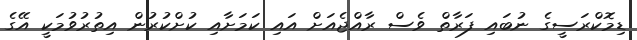
ޑިމޮކްރަސީގެ ނުބައި ފަރާތް ވެސް ރާއްޖެއަށް އައި ކަމަށާއި ކުށްކުރުން އިތުރުވުމަކީ އޭގެ